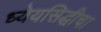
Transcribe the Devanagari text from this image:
ध्येयसिद्धीचा